Annual report of the Punjab Veterinary College and of the Civil Veterinary Department, Punjab - 1894-1908
Year: 1894
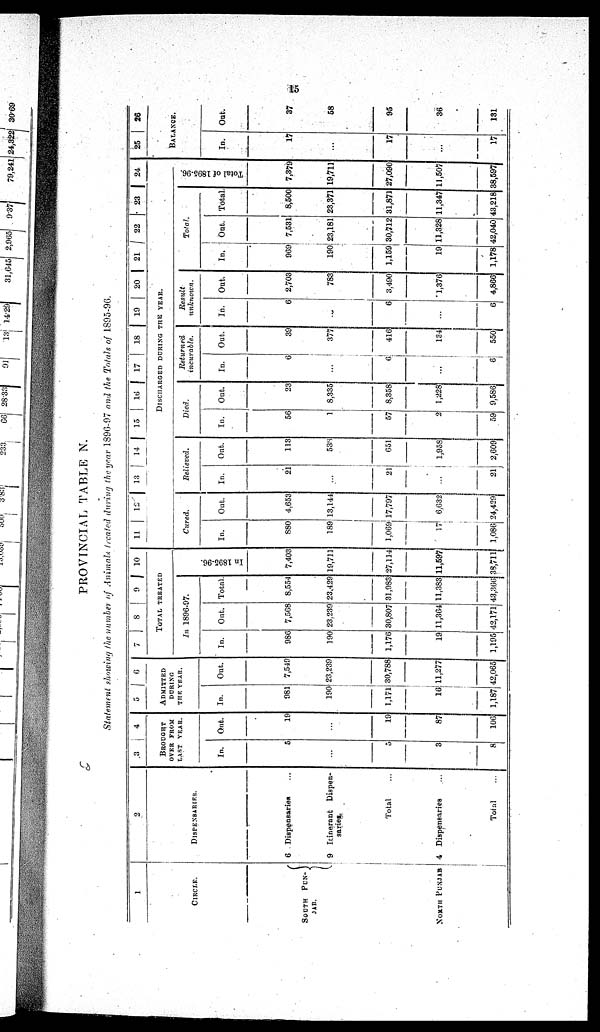
15
PROVINCIAL TABLE N.
Statement showing the number of Animals treated during the year 1896-97 and the Totals of 1895-96.
1
CIRCLE.
SOUTH
PUN-
JAB.
NORTH PUNJAB
2
DISPENSARIES.
6 Dispensaries..
9 Itinerant
Dispen-
saries.
Total
4 Dispensaries ...
Total ...
3
4
BROUGHT
OVER FROM
LAST YEAR.
In.
5
...
5
3
8
Out.
19
...
19
87
106
5
6
ADMITTED
DURING
THE YEAR.
In.
981
190
1,171
16
1,187,
Out.
7,549
23,239
30,788
11,277
42,065
7
8
9
10
TOTAL TREATED.
In 1896-97.
In.
986
190
1,176
19
1,195
Out.
7,568
23,239
30,807
11,364
42,171
Total.
8,554
23,429
31,983
11,383
43,366
In 1895-96.
7,403
19,711
27,114
11,597
38,711
11
12 13
14
15
10 17 18 19 20 21 22 23 24
DISCHARGED DURING THE YEAR.
Cured.
In.
880
189
1,069
17
1,086
Out.
4,653
13,141
17,797
6,632
24,429
Relieved.
In.
21
...
21
...
21
Out.
113
533
651
1,958
2,609
Died.
In.
56
1
57
2
59
Out.
23
8,335
8,358
1,228
9,586
Returned
incurable.
In.
6
...
...
...
6
Out.
39
377
416
134
550
Result
unknown.
In.
6
...
6
...
6
Out.
2,703
783
3,490
1,376
4,866
Total.
In
969
190
1,159
19
1,178
Out.
7,531
23,181
30,712
11,328
42,040
Total.
8,500
23,371
31,871
11,347
43,218
Total of 1895-96.
7,379
19,711
27,090
11,507
38,597
25
26
BALANCE.
In.
17
...
17
...
17
Out.
37
58
95
36
131